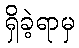
ရှိခဲ့ရာမှ